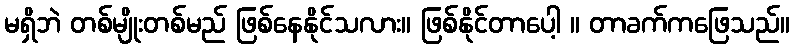
မရှိဘဲ တစ်မျိုးတစ်မည် ဖြစ်နေနိုင်သလား။ ဖြစ်နိုင်တာပေါ့ ။ တာခက်ကဖြေသည်။